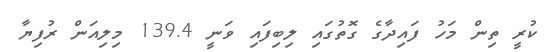
ކުރީ ތިން މަހު ފައިދާގެ ގޮތުގައި ލިބިފައި ވަނީ 139.4 މިލިއަން ރުފިޔާ